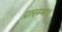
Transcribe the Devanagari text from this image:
प्रारम्‍भ।